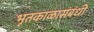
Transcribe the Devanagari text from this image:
भूतकाळासंबंधी